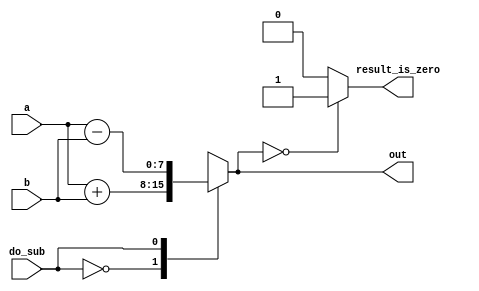
// synthesis verilog_input_version verilog_2001
module top_module ( 
    input do_sub,
    input [7:0] a,
    input [7:0] b,
    output reg [7:0] out,
    output reg result_is_zero
);//

    always @(*) begin
        case (do_sub)
          0: out = a+b;
          1: out = a-b;
        endcase
    end
    
    always @(*) begin
        //result_is_zero = (out==0);
        case (out)
          8'b00000000: result_is_zero = 1;
          default: result_is_zero = 0;
        endcase
    end

endmodule